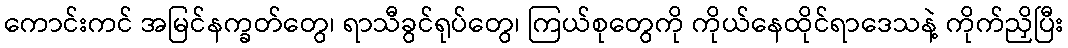
ကောင်းကင် အမြင်နက္ခတ်တွေ၊ ရာသီခွင်ရုပ်တွေ၊ ကြယ်စုတွေကို ကိုယ်နေထိုင်ရာဒေသနဲ့ ကိုက်ညှိပြီး